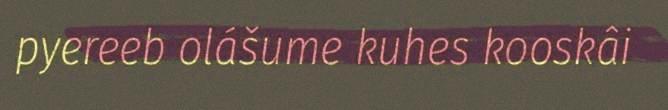
pyereeb olášume kuhes kooskâi